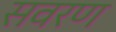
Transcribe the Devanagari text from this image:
सवरण